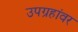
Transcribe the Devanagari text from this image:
उपग्रहांवर